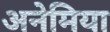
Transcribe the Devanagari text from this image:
अनेमिया